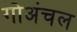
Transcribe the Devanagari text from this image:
गोअंचल